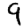
Digit: 9